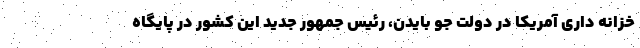
خزانه داری آمریکا در دولت جو بایدن، رئیس جمهور جدید این کشور در پایگاه